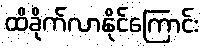
ထိခိုက်လာနိုင်ကြောင်း